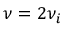
\nu = 2 \nu _ { i }